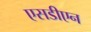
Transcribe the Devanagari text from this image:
एसडीएन